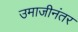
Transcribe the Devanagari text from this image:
उमाजीनंतर